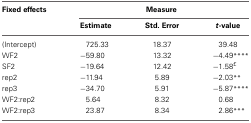
| Fixed effects | <COLSPAN=3> Measure |
 |  | Estimate | Std. Error | t-value |
 | --- | --- | --- | --- |
 | (Intercept) | 725.33 | 18.37 | 39.48 |
 | WF2 | −59.80 | 13.32 | −4.49**** |
 | SF2 | −19.64 | 12.42 | −1.58£ |
 | rep2 | −11.94 | 5.89 | −2.03** |
 | rep3 | −34.70 | 5.91 | −5.87**** |
 | WF2:rep2 | 5.64 | 8.32 | 0.68 |
 | WF2:rep3 | 23.87 | 8.34 | 2.86*** |